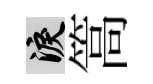
泪篙